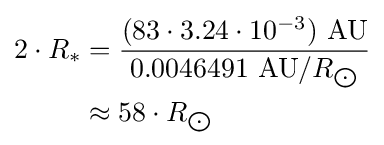
{\begin{aligned}2\cdot R_{*}&={\frac {(83\cdot 3.24\cdot 10^{-3})\ {\text{AU}}}{0.0046491\ {\text{AU}}/R_{\bigodot }}}\\&\approx 58\cdot R_{\bigodot }\end{aligned}}